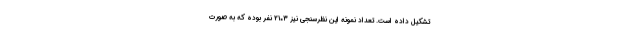
تشکیل داده است. تعداد نمونه این نظرسنجی نیز ۲۱۰۳ نفر بوده که به صورت